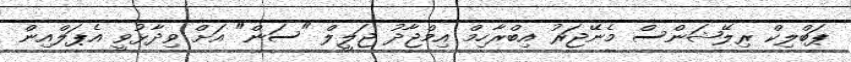
ޕަބްލިކް ރިލޭޝަންސް މެނޭޖަރު އިބްރާހިމް އިމްޖާދު ޖަލީލް "ސަން" އަށް ވިދާޅުވީ އެޕަލްއިން